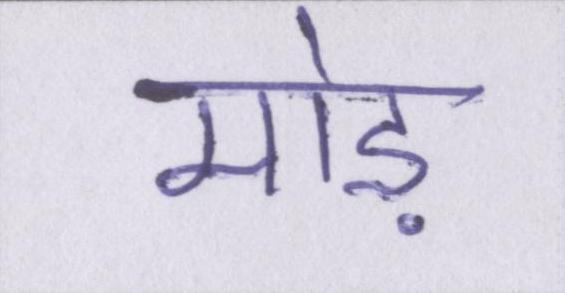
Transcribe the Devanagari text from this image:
मोड़